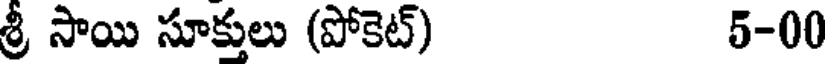
శ్రీ సాయి సూక్తులు (పోకెట్) 5-00